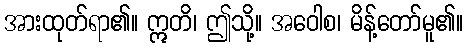
အားထုတ်ရာ၏။ ဣတိ၊ ဤသို့။ အဝေါစ၊ မိန့်တော်မူ၏။